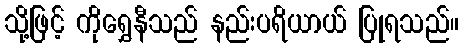
သို့ဖြင့် ကိုရွှေနီသည် နည်းပရိယာယ် ပြုရသည်။